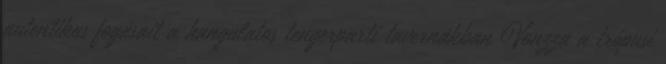
autentikus fogásait a hangulatos tengerparti tavernákban Vonzza a trópusi